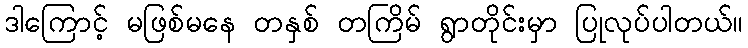
ဒါကြောင့် မဖြစ်မနေ တနှစ် တကြိမ် ရွာတိုင်းမှာ ပြုလုပ်ပါတယ်။